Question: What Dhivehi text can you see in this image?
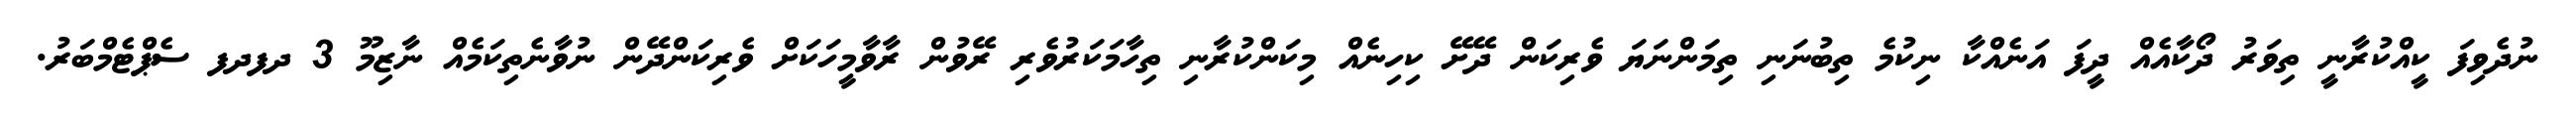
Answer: ނުދެވިފަ ކީއްކުރާނީ ތިވަރު ދޯކާއެއް ދީފަ އަނެއްކާ ނިކުމެ ތިބުނަނި ތިމަންނަޔަ ވެރިކަން ދޭށޭ ކިހިނެއް މިކަންކުރާނި ތިހާމަކަރުވެރި ރޭވުން ރާވާމީހަކަށް ވެރިކަންދޭން ނުވާނެތިކަމެއް ނާޒިމޫ 3 ދފދފ ސެޕްޓެމްބަރު.